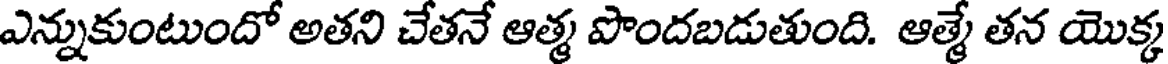
ఎన్నుకుంటుందో అతని చేతనే ఆత్మ పొందబడుతుంది. ఆత్మే తన యొక్క